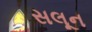
સલૂન